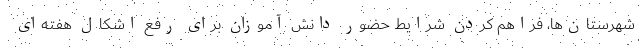
شهرستان‌ها، فراهم کردن شرایط حضور دانش آموزان برای رفع اشکال هفته‌ای